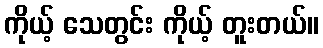
ကိုယ့် သေတွင်း ကိုယ့် တူးတယ်။